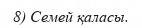
8) Семей қаласы.